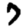
Digit: 7